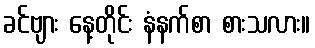
ခင်ဗျား နေ့တိုင်း နံနက်စာ စားသလား။